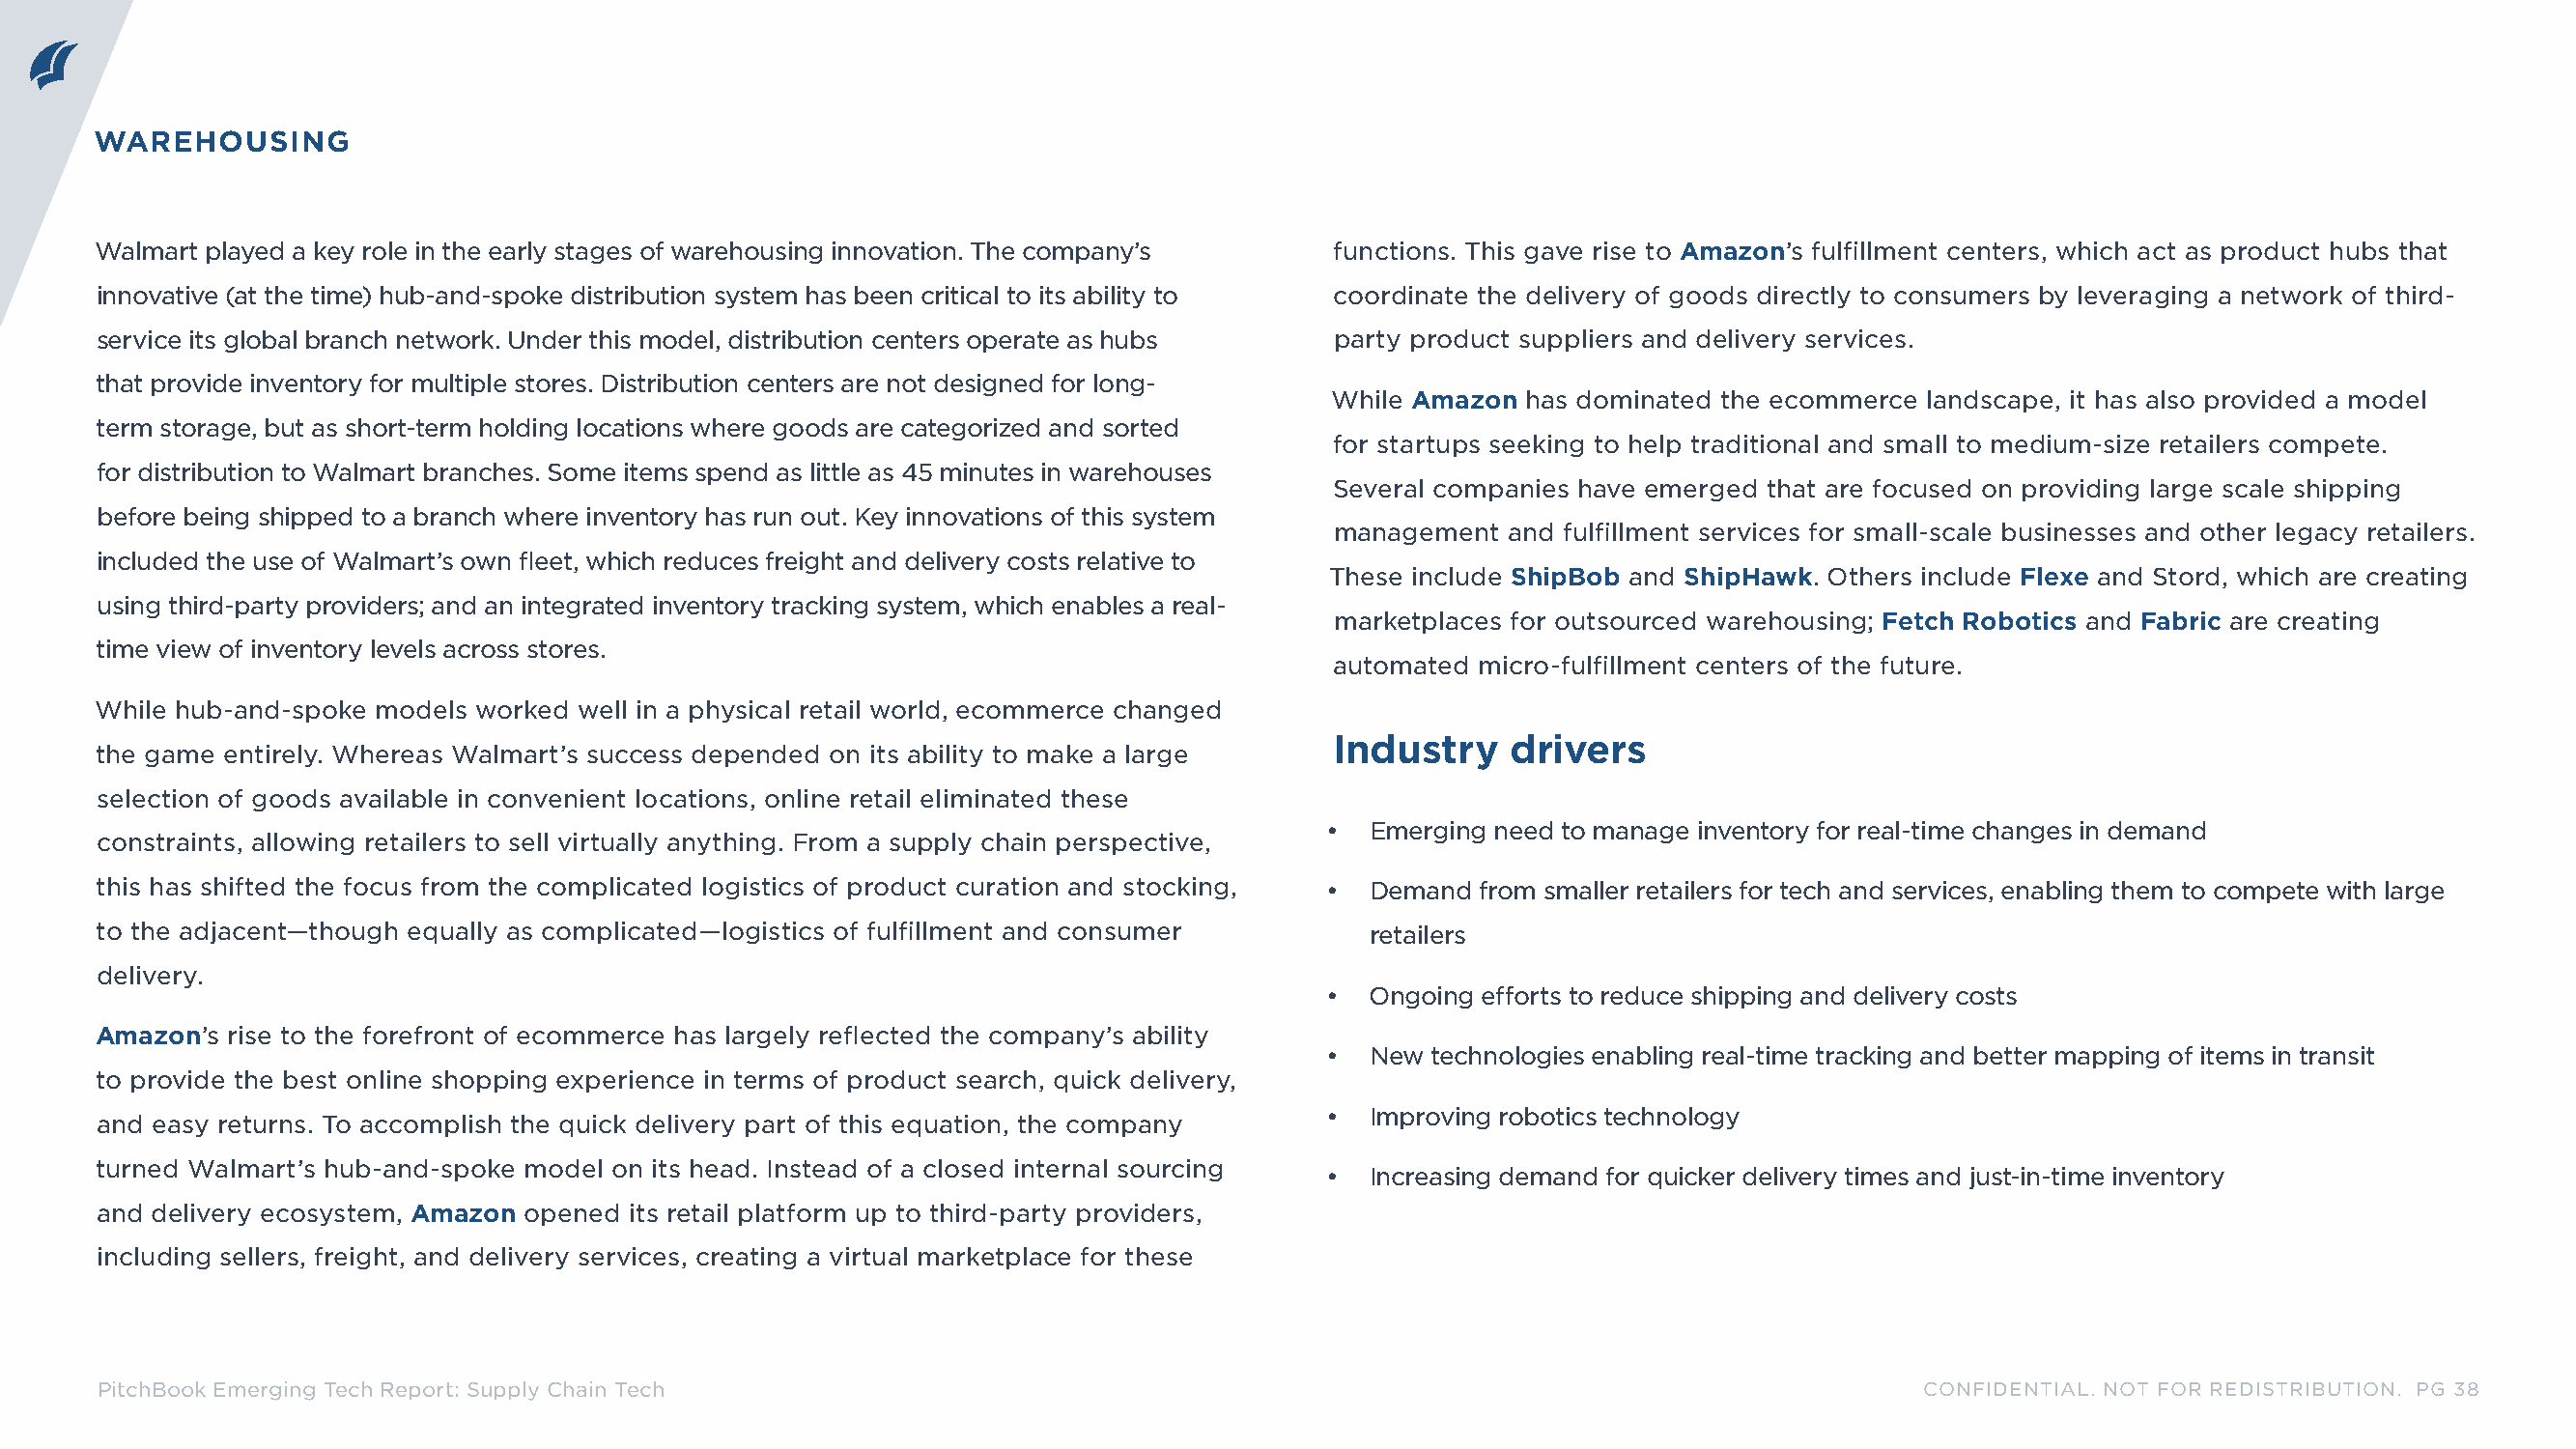
WAREHOUSING
 Walmart played a key role in the early stages of warehousing innovation. The company’s functions. This gave rise to Amazon’s fulfillment centers, which act as product hubs that
 innovative (at the time) hub-and-spoke distribution system has been critical to its ability to coordinate the delivery of goods directly to consumers by leveraging a network of third-
 service its global branch network. Under this model, distribution centers operate as hubs party product suppliers and delivery services.
 that provide inventory for multiple stores. Distribution centers are not designed for long-
 While Amazon  has dominated the ecommerce landscape, it has also provided a model
 term storage, but as short-term holding locations where goods are categorized and sorted
 for startups seeking to help traditional and small to medium-size retailers compete.
 for distribution to Walmart branches. Some items spend as little as 45 minutes in warehouses
 Several companies have emerged that are focused on providing large scale shipping
 before being shipped to a branch where inventory has run out. Key innovations of this system
 management  and fulfillment services for small-scale businesses and other legacy retailers.
 included the use of Walmart’s own fleet, which reduces freight and delivery costs relative to
 These include ShipBob and ShipHawk. Others include Flexe and Stord, which are creating
 using third-party providers; and an integrated inventory tracking system, which enables a real-
 marketplaces for outsourced warehousing; Fetch Robotics and Fabric are creating
 time view of inventory levels across stores.
 automated micro-fulfillment centers of the future.
 While hub-and-spoke models worked well in a physical retail world, ecommerce changed
 Industry    drivers
 the game entirely. Whereas Walmart’s success depended on its ability to make a large
 selection of goods available in convenient locations, online retail eliminated these
 •  Emerging need to manage inventory for real-time changes in demand
 constraints, allowing retailers to sell virtually anything. From a supply chain perspective,
 this has shifted the focus from the complicated logistics of product curation and stocking, • Demand from smaller retailers for tech and services, enabling them to compete with large
 to the adjacent—though equally as complicated—logistics of fulfillment and consumer    retailers
 delivery.
 •  Ongoing efforts to reduce shipping and delivery costs
 Amazon’s rise to the forefront of ecommerce has largely reflected the company’s ability
 •  New technologies enabling real-time tracking and better mapping of items in transit
 to provide the best online shopping experience in terms of product search, quick delivery,
 •  Improving robotics technology
 and easy returns. To accomplish the quick delivery part of this equation, the company
 turned Walmart’s hub-and-spoke model on its head. Instead of a closed internal sourcing
 •  Increasing demand for quicker delivery times and just-in-time inventory
 and delivery ecosystem, Amazon opened its retail platform up to third-party providers,
 including sellers, freight, and delivery services, creating a virtual marketplace for these
 PitchBook Emerging Tech Report: Supply Chain Tech                                                                            CONFIDENTIAL. NOT FOR REDISTRIBUTION. PG 38